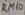
Text: RM10